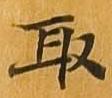
取